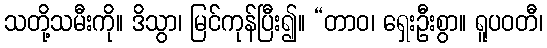
သတို့သမီးကို။ ဒိသွာ၊ မြင်ကုန်ပြီး၍။ “တာဝ၊ ရှေးဦးစွာ။ ရူပဝတီ၊